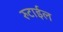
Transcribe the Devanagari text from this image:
रुटाईल